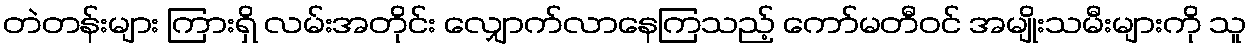
တဲတန်းများ ကြားရှိ လမ်းအတိုင်း လျှောက်လာနေကြသည့် ကော်မတီဝင် အမျိုးသမီးများကို သူ